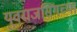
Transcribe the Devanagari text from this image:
युवराजसिंगच्या